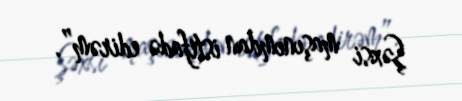
Şəxsi maşınımdan istifadə edirəm”.